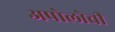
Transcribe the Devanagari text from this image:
अपोलोची